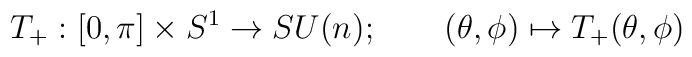
T_+ : [0, \pi] \times S^1 \to SU(n);	\qquad	(\theta, \phi) \mapsto T_+ (\theta, \phi)